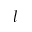
l